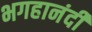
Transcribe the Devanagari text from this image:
भगहानंदी